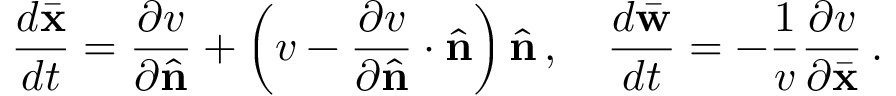
\frac { d \bar { \bf x } } { d t } = \frac { \partial v } { \partial \hat { \bf n } } + \left( v - \frac { \partial v } { \partial \hat { \bf n } } \cdot \hat { \bf n } \right) \hat { \bf n } \, , \quad \frac { d \bar { \bf w } } { d t } = - \frac { 1 } { v } \frac { \partial v } { \partial \bar { \bf x } } \, .